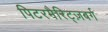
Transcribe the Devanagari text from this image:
पिटरमैरिट्ज़बर्ग